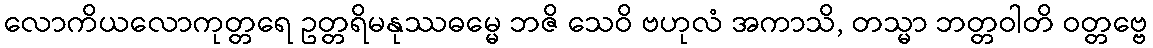
လောကိယလောကုတ္တရေ ဥတ္တရိမနုဿဓမ္မေ ဘဇိ သေဝိ ဗဟုလံ အကာသိ, တသ္မာ ဘတ္တဝါတိ ဝတ္တဗ္ဗေ